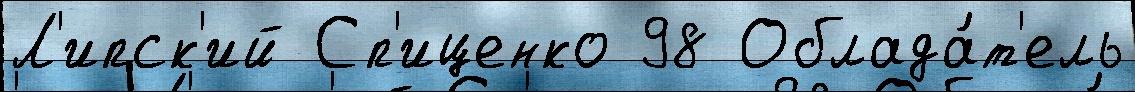
Л'ипск'ий Сп'иценко 98 Облада́т'ель